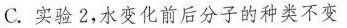
C.实验2，水变化前后分子的种类不变